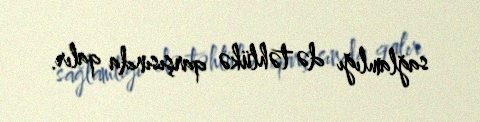
sağlamlığı də təhlükə qarşısında qalır.